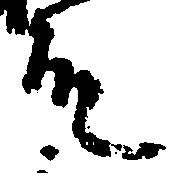
殿